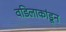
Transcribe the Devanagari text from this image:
वडिलाकांडून